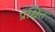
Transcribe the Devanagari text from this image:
प्रक्षित